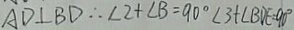
A D \bot B D \therefore \angle 2 + \angle B = 9 0 ^ { \circ } \angle 3 + \angle B D E = 9 0 ^ { \circ }